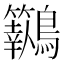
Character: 𪈓